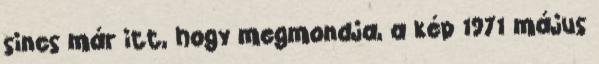
sincs már itt, hogy megmondja, a kép 1971 május